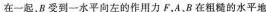
在一起，B受到一水平向左的作用力F，A、B在粗糙的水平地